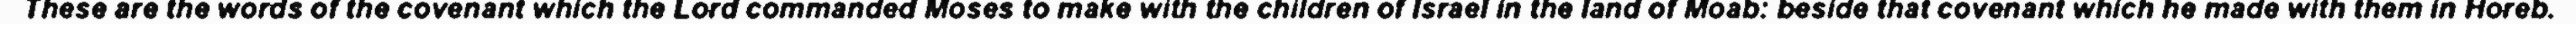
These are the words of the covenant which the Lord commanded Moses to make with the children of Israel in the land of Moab: beside that covenant which he made with them in Horeb.